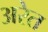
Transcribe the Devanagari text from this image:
अरेत